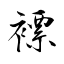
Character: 褾